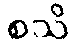
စသိ